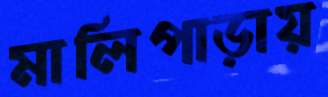
মালিপাড়ায়